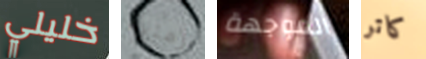
خليلي زمنية الموجهة كاتر